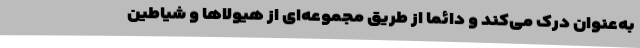
به‌عنوان درک می‌کند و دائماً از طریق مجموعه‌ای از هیولاها و شیاطین